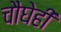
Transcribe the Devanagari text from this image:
चौघेही